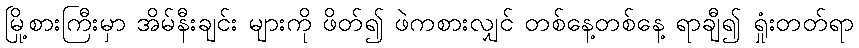
မြို့စားကြီးမှာ အိမ်နီးချင်း များကို ဖိတ်၍ ဖဲကစားလျှင် တစ်နေ့တစ်နေ့ ရာချီ၍ ရှုံးတတ်ရာ